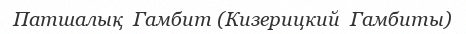
Патшалық  Гамбит (Кизерицкий  Гамбиты)